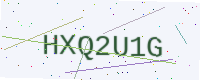
Text: HXQ2U1G